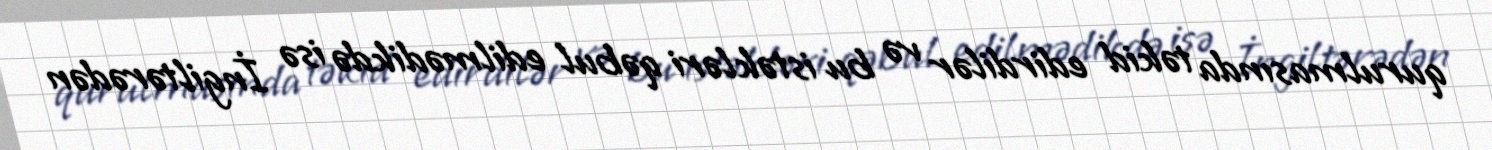
qurulmasında təkid edirdilər və bu istəkləri qəbul edilmədikdə isə İngiltərədən